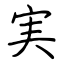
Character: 実